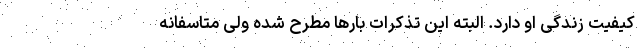
کیفیت زندگی او دارد. البته این تذکرات بارها مطرح شده ولی متاسفانه